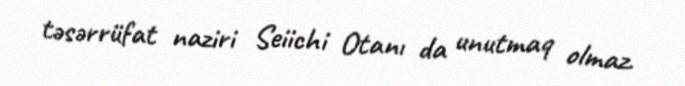
təsərrüfat naziri Seiichi Otanı da unutmaq olmaz.